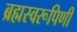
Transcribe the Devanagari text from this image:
ब्रह्मस्वरूपिणी